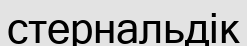
стернальдік